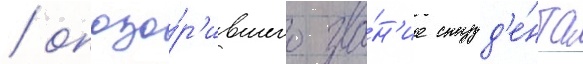
/ опозо́р'ившего зва́н'ие студ'е́нта